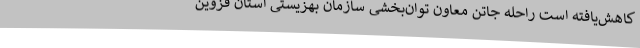
کاهش‌یافته است راحله جاتن معاون توان‌بخشی سازمان بهزیستی استان قزوین